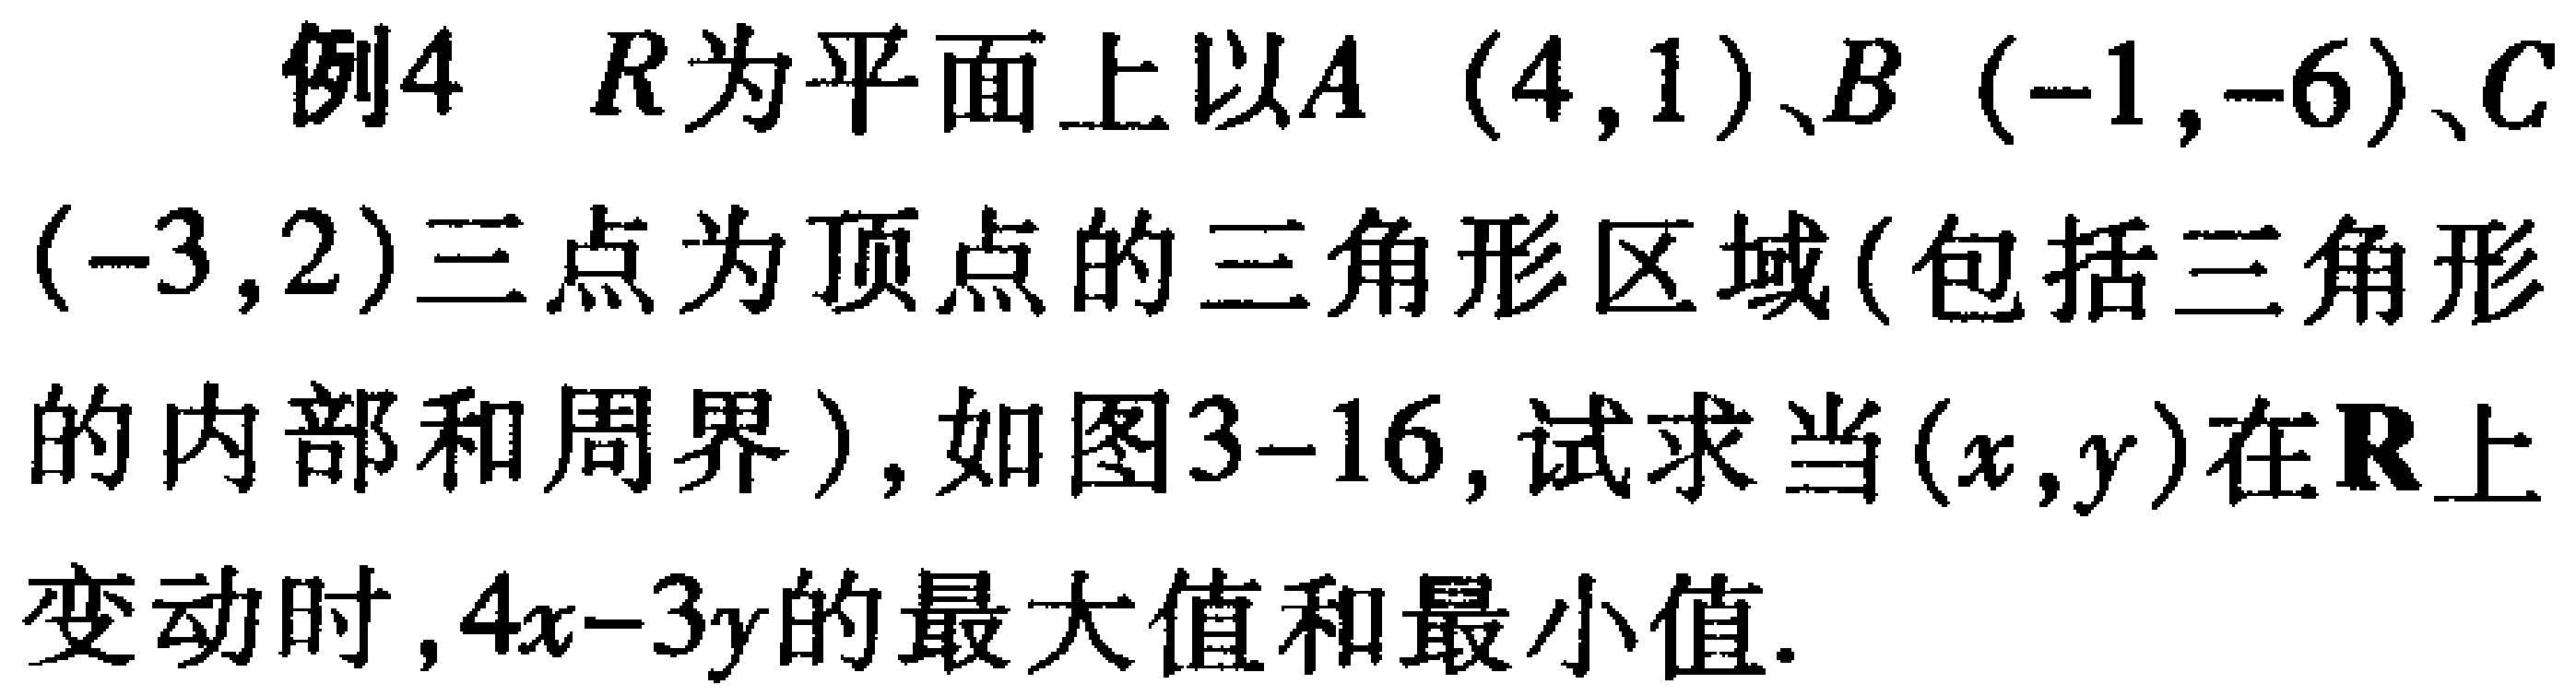
例4 \(R\)为平面上以\(A(4,1)\)、\(B(-1,-6)\)、\(C(-3,2)\)三点为顶点的三角形区域(包括三角形的内部和周界)，如图3-16，试求当\((x,y)\)在\(R\)上变动时，\(4x - 3y\)的最大值和最小值.